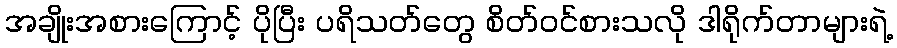
အချိုးအစားကြောင့် ပိုပြီး ပရိသတ်တွေ စိတ်ဝင်စားသလို ဒါရိုက်တာများရဲ့